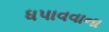
ધપાવવાના